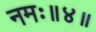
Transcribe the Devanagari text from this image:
नमः॥४॥